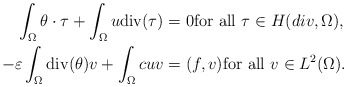
\begin{align*}\int_\Omega \theta\cdot\tau +\int_\Omega u {\rm div}( \tau)&=0{\rm for\,\,all}\,\,\tau\in H(div,\Omega),\\-\varepsilon\int_\Omega {\rm div}(\theta) v+\int_\Omega cuv&=(f,v){\rm for\,\,all}\,\,v\in L^2(\Omega).\end{align*}